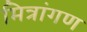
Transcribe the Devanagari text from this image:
मित्रांगण